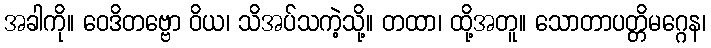
အခါကို။ ဝေဒိတဗ္ဗော ဝိယ၊ သိအပ်သကဲ့သို့။ တထာ၊ ထို့အတူ။ သောတာပတ္တိမဂ္ဂေန၊